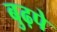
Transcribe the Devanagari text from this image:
बुढ़पे